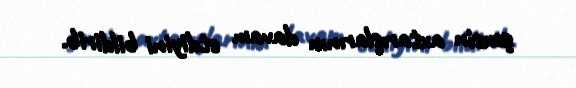
şəxsin axtarışlarının davam etdiyini bildirib.